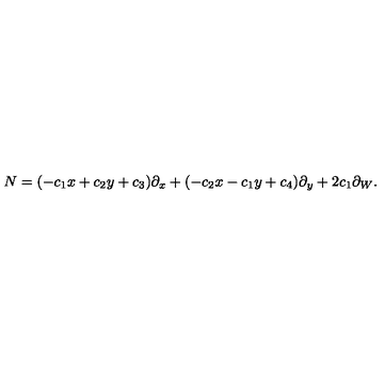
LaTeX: N = ( - c _ { 1 } x + c _ { 2 } y + c _ { 3 } ) \partial _ { x } + ( - c _ { 2 } x - c _ { 1 } y + c _ { 4 } ) \partial _ { y } + 2 c _ { 1 } \partial _ { W } .